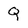
Character: Q